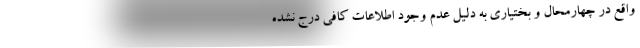
واقع در چهارمحال و بختیاری به دلیل عدم وجود اطلاعات کافی درج نشده